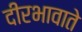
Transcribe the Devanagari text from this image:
दीरभावाते